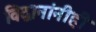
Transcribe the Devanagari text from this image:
विद्वानांनीही